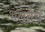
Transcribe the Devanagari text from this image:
भलतेच